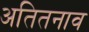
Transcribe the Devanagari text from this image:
अतितनाव